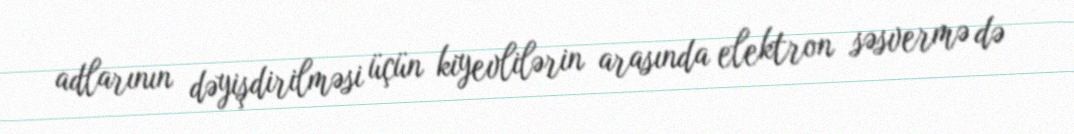
adlarının dəyişdirilməsi üçün kiyevlilərin arasında elektron səsvermə də